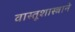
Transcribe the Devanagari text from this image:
वास्तूशास्त्राने